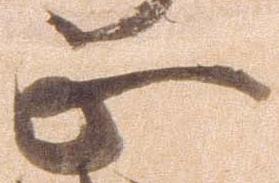
正